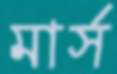
মার্স